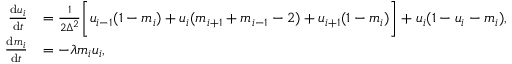
\begin{array} { r l } { \frac { \mathrm { d } u _ { i } } { \mathrm { d } t } } & { = \frac { 1 } { 2 \Delta ^ { 2 } } \bigg [ u _ { i - 1 } ( 1 - m _ { i } ) + u _ { i } ( m _ { i + 1 } + m _ { i - 1 } - 2 ) + u _ { i + 1 } ( 1 - m _ { i } ) \bigg ] + u _ { i } ( 1 - u _ { i } - m _ { i } ) , } \\ { \frac { \mathrm { d } m _ { i } } { \mathrm { d } t } } & { = - \lambda m _ { i } u _ { i } , } \end{array}